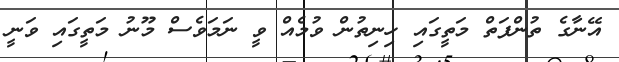
އޭނާގެ ތުންފަތް މަތީގައި ހިނިތުން ވުމެއް ވީ ނަމަވެސް މޫނު މަތީގައި ވަނީ